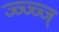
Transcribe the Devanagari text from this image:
ज्ज्ज्ज्ज्